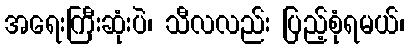
အရေးကြီးဆုံးပဲ၊ သီလလည်း ပြည့်စုံရမယ်၊